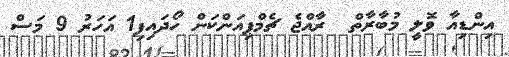
އިންޑިއާ ވޮލީ މުބާރާތް  ރާއްޖެ ޗެމްޕިއަންކަން ހޯދައިފި1 އަހަރު 9 މަސް